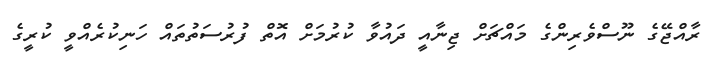
ރާއްޖޭގެ ނޫސްވެރިންގެ މައްޗަށް ޖިނާއީ ދައުވާ ކުރުމަށް އޮތް ފުރުސަތުތައް ހަނިކުރެއްވީ ކުރީގެ